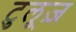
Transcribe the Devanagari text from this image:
टुलूज़